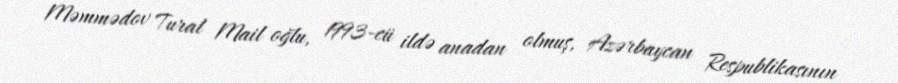
Məmmədov Tural Mail oğlu, 1993-cü ildə anadan olmuş, Azərbaycan Respublikasının